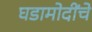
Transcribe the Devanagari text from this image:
घडामोदींचे